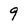
Character: 9